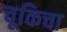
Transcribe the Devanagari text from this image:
चूकिचा